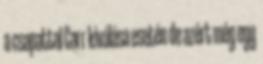
a csapattal Carr kiválása esetén de azért még egy